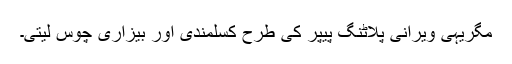
مگریہی ویرانی پلاٹنگ پیپر کی طرح کسلمندی اور بیزاری چوس لیتی۔